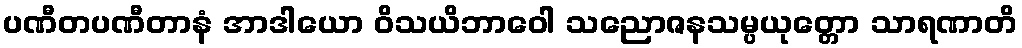
ပဏီတပဏီတာနံ အာဒါယော ဝိသယိဘာဝေါ သညောဇနသမ္ပယုတ္တော သာရဏာတိ